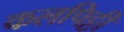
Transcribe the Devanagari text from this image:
कलपिट्टी